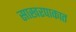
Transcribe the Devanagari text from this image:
साखरपाकात